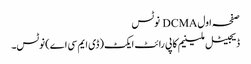
صفحہ اول DCMA نوٹس
ڈیجیٹل ملینیم کاپی رائٹ ایکٹ (ڈی ایم سی اے) نوٹس۔